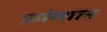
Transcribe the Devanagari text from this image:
फ़ांग्शान